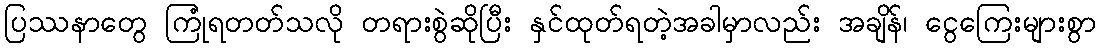
ပြဿနာတွေ ကြုံရတတ်သလို တရားစွဲဆိုပြီး နှင်ထုတ်ရတဲ့အခါမှာလည်း အချိန်၊ ငွေကြေးများစွာ